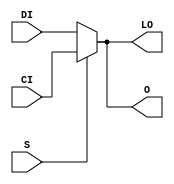
// $Header: /devl/xcs/repo/env/Databases/CAEInterfaces/verunilibs/data/unisims/MUXCY_D.v,v 1.8.158.1 2007/03/09 18:13:09 patrickp Exp $
///////////////////////////////////////////////////////////////////////////////
// Copyright (c) 1995/2004 Xilinx, Inc.
// All Right Reserved.
///////////////////////////////////////////////////////////////////////////////
//   ____  ____
//  /   /\/   /
// /___/  \  /    Vendor : Xilinx
// \   \   \/     Version : 8.1i (I.13)
//  \   \         Description : Xilinx Functional Simulation Library Component
//  /   /                  2-to-1 Multiplexer for Carry Logic with Dual Output
// /___/   /\     Filename : MUXCY_D.v
// \   \  /  \    Timestamp : Thu Mar 25 16:42:55 PST 2004
//  \___\/\___\
//
// Revision:
//    03/23/04 - Initial version.
//    02/04/05 - Rev 0.0.1 Remove input/output bufs; Remove unnessasary begin/end;
// End Revision

`timescale  100 ps / 10 ps


module MUXCY_D (LO, O, CI, DI, S);

    output LO, O;
    reg    O, LO;

    input  CI, DI, S;

	always @(CI or DI or S) 
	    if (S) begin
		O <= CI;
                LO <= CI;
            end
	    else begin
		O <= DI;
                LO <= DI;
            end

endmodule